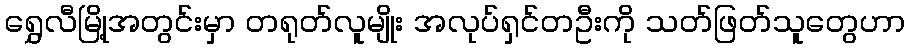
ရွှေလီမြို့အတွင်းမှာ တရုတ်လူမျိုး အလုပ်ရှင်တဦးကို သတ်ဖြတ်သူတွေဟာ